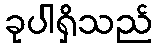
ခုပါရှိသည်